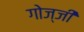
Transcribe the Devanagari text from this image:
गोज्जी